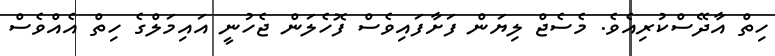
ހިތް އާދޭސްކުރިއެވެ. މެސެޖް ލިޔަން ފަށާފައިވެސް ފޮހެލަން ޖެހުނީ އައިމަލްގެ ހިތް އެއްވެސް